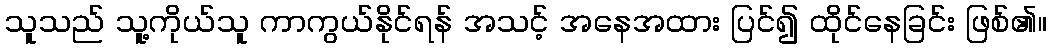
သူသည် သူ့ကိုယ်သူ ကာကွယ်နိုင်ရန် အသင့် အနေအထား ပြင်၍ ထိုင်နေခြင်း ဖြစ်၏။